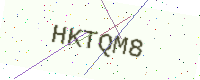
Text: HKTQM8